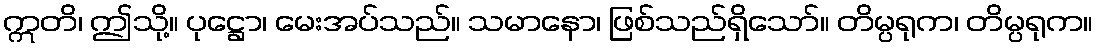
ဣတိ၊ ဤသို့။ ပုဋ္ဌော၊ မေးအပ်သည်။ သမာနော၊ ဖြစ်သည်ရှိသော်။ တိမ္ပရုက၊ တိမ္ပရုက။